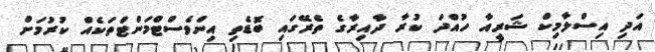
އަދި އިސްލާމިކް ޝަރީއާ ހުއްދަ ކުރާ ދާއިރާގެ ތެރޭގައި ބޮޑެތި އިންވެސްޓްމަންޓްތަކެއް ކުރުމަށް